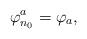
LaTeX: \begin{align*} \varphi_{n_0}^a=\varphi_a,\end{align*}